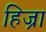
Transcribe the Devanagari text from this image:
हिज्रा